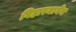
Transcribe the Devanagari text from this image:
बिहारमार्गेच